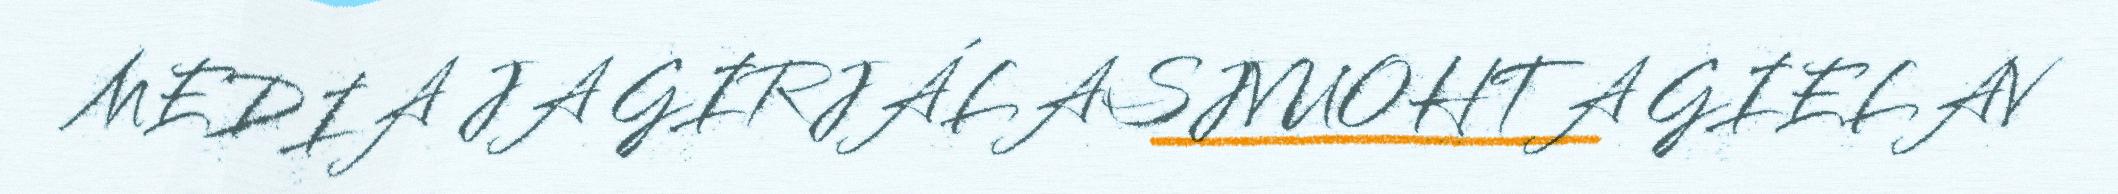
MEDIA JA GIRJÁLASJVUOHTA GIELAV